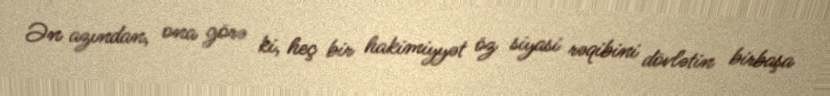
Ən azından, ona görə ki, heç bir hakimiyyət öz siyasi rəqibini dövlətin birbaşa